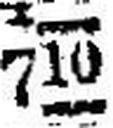
710